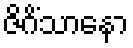
ဇိဂိံသာနော